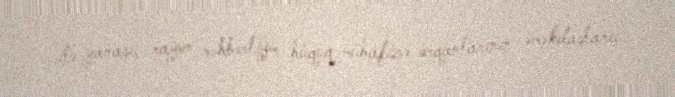
ilə yanaşı, rayon rəhbərliyi, hüquq-mühafizə orqanlarının əməkdaşları,